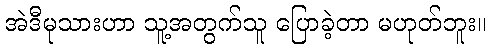
အဲဒီမုသားဟာ သူ့အတွက်သူ ပြောခဲ့တာ မဟုတ်ဘူး။